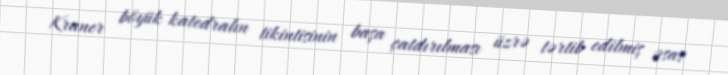
Kraner böyük katedralın tikintisinin başa çatdırılması üzrə tərtib edilmiş əsas